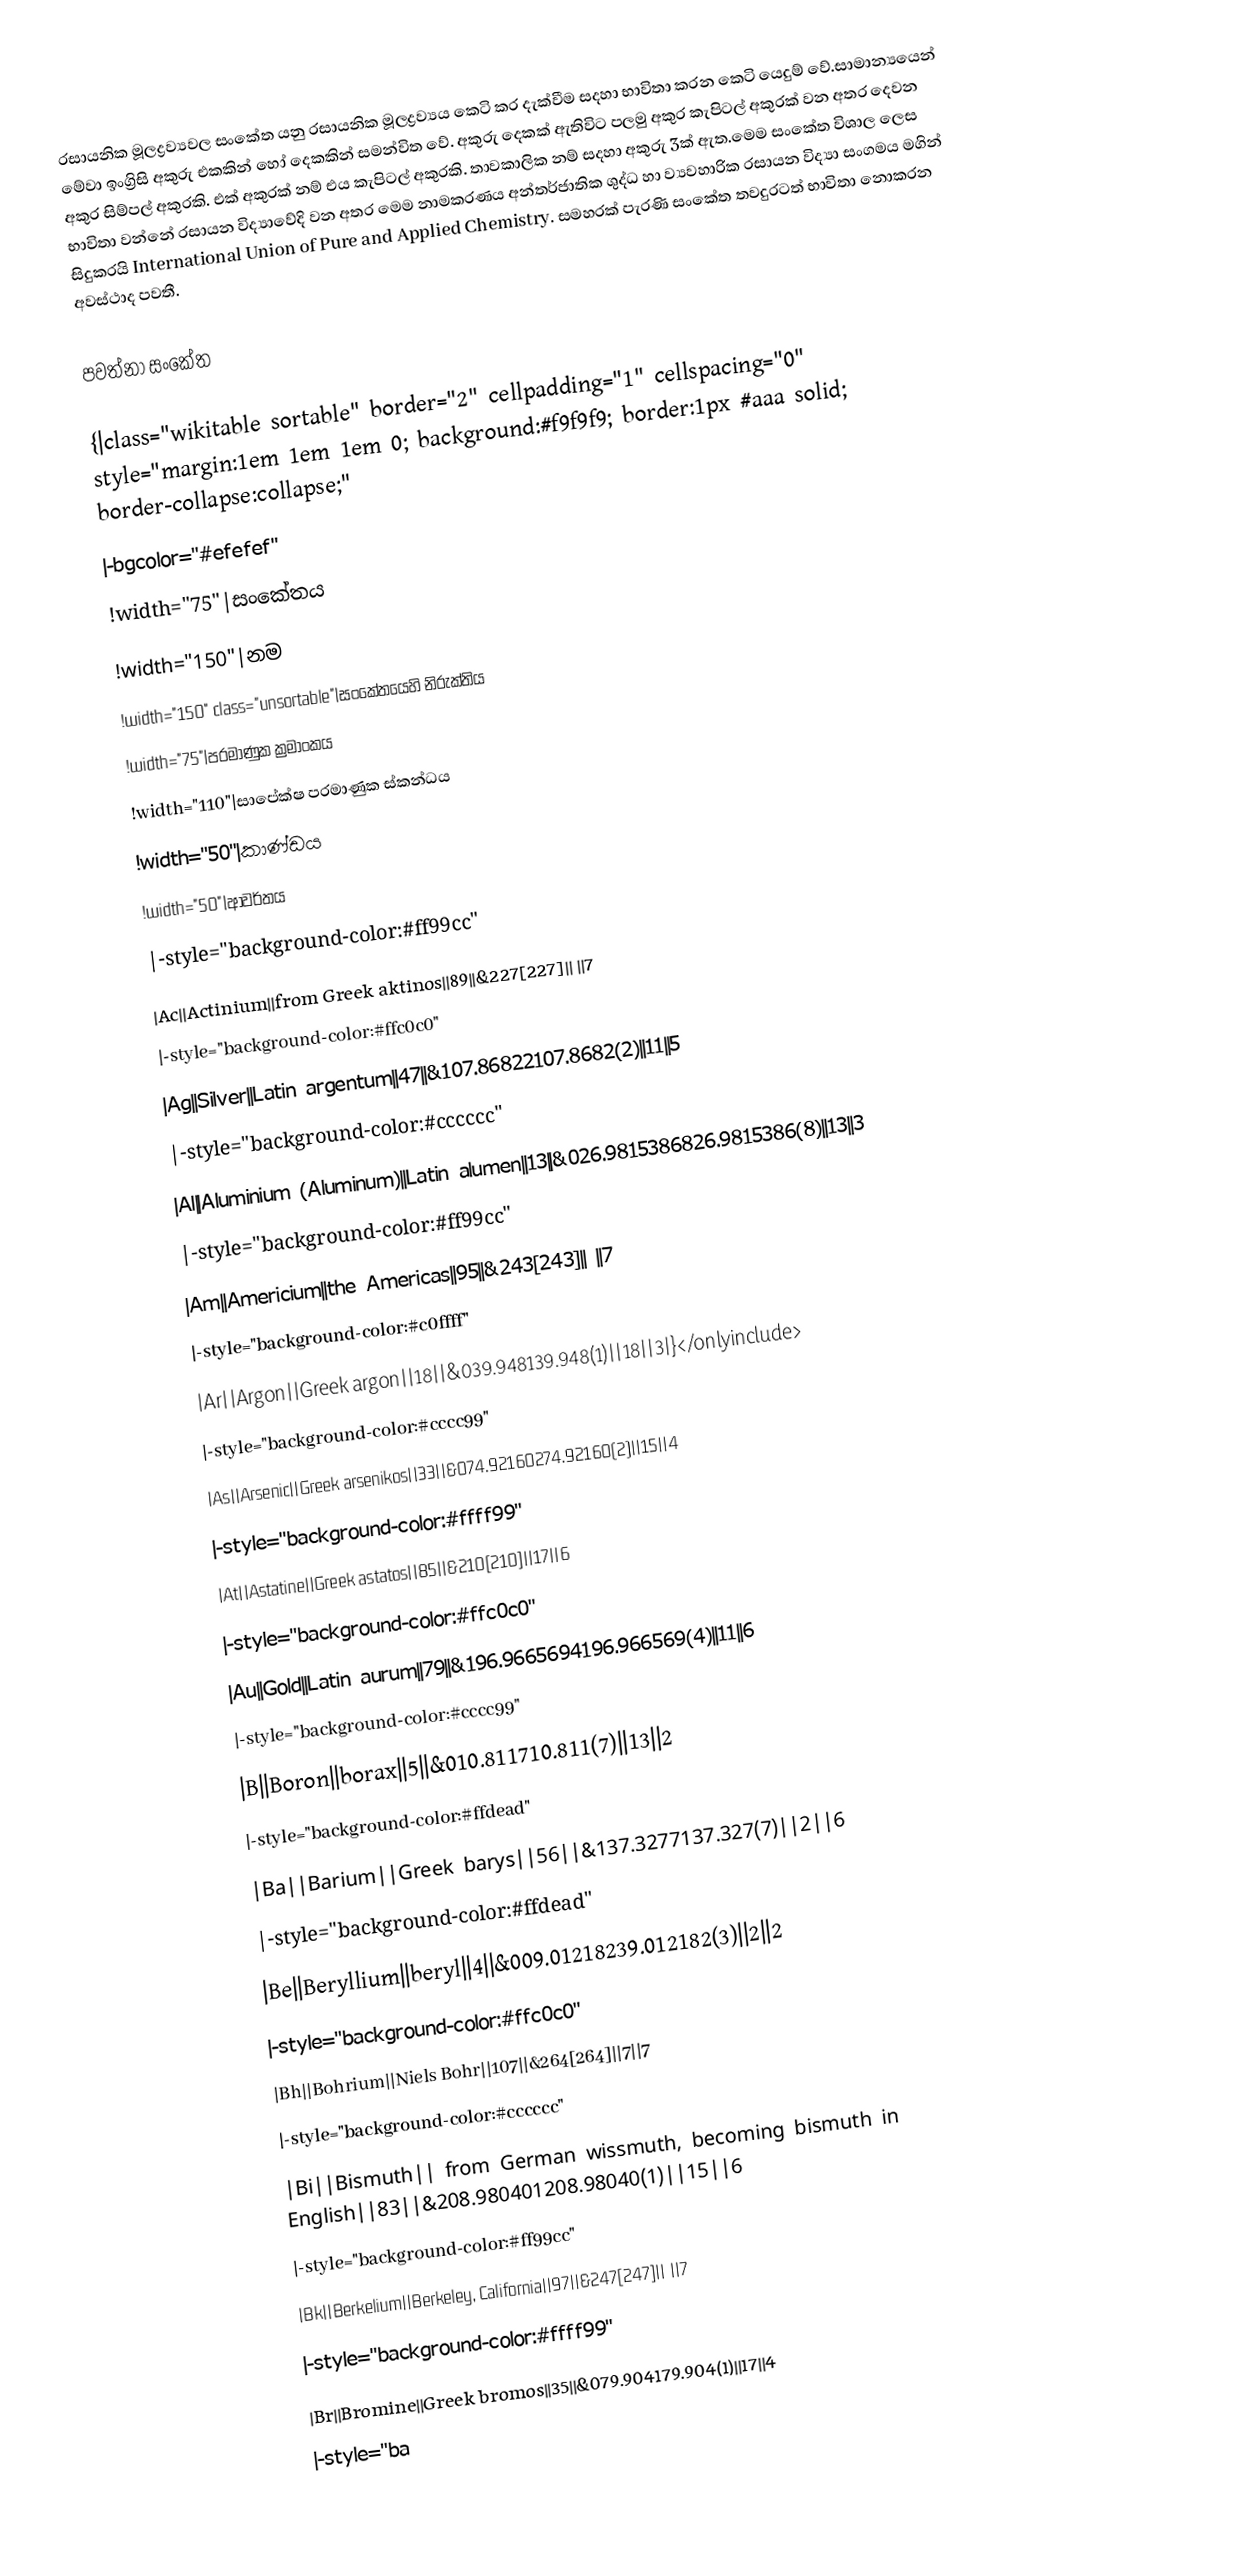
රසායනික මූලද්‍රව්‍යවල සංකේත යනු රසායනික මූලද්‍රව්‍යය කෙටි කර දැක්වීම සදහා භාවිතා කරන කෙටි යෙදුම් වේ.සාමාන්‍යයෙන් මේවා ඉංග්‍රිසි අකුරු එකකින් හෝ දෙකකින් සමන්විත වේ. අකුරු දෙකක් ඇතිවිට පලමු අකුර කැපිටල් අකුරක් වන අතර දෙවන අකුර සිම්පල් අකුරකි. එක් අකුරක් නම් එය කැපිටල් අකුරකි. තාවකාලික නම් සදහා අකුරු 3ක් ඇත.මෙම සංකේත විශාල ලෙස භාවිතා වන්නේ රසායන විද්‍යාවේදි වන අතර මෙම නාමකරණය අන්තර්ජාතික ශුද්ධ හා ව්‍යවහාරික රසායන විද්‍යා සංගමය මගින් සිදුකරයි International Union of Pure and Applied Chemistry. සමහරක් පැරණි සංකේත තවදුරටත් භාවිතා නොකරන අවස්ථාද පවතී.

පවත්නා සංකේත

{|class="wikitable sortable" border="2" cellpadding="1" cellspacing="0" style="margin:1em 1em 1em 0; background:#f9f9f9; border:1px #aaa solid; border-collapse:collapse;"
|-bgcolor="#efefef"
!width="75"|සංකේතය
!width="150"|නම
!width="150" class="unsortable"|සංකේතයෙහි නිරුක්තිය
!width="75"|පරමාණුක ක්‍රමාංකය
!width="110"|සාපේක්ෂ පරමාණුක ස්කන්ධය
!width="50"|කාණ්ඩය
!width="50"|ආවර්තය
|-style="background-color:#ff99cc"
|Ac||Actinium||from Greek aktinos||89||&227[227]|| ||7
|-style="background-color:#ffc0c0"
|Ag||Silver||Latin argentum||47||&107.86822107.8682(2)||11||5
|-style="background-color:#cccccc"
|Al||Aluminium (Aluminum)||Latin alumen||13||&026.9815386826.9815386(8)||13||3
|-style="background-color:#ff99cc"
|Am||Americium||the Americas||95||&243[243]|| ||7
|-style="background-color:#c0ffff"
|Ar||Argon||Greek argon||18||&039.948139.948(1)||18||3|}</onlyinclude>
|-style="background-color:#cccc99"
|As||Arsenic||Greek arsenikos||33||&074.92160274.92160(2)||15||4
|-style="background-color:#ffff99"
|At||Astatine||Greek astatos||85||&210[210]||17||6
|-style="background-color:#ffc0c0"
|Au||Gold||Latin aurum||79||&196.9665694196.966569(4)||11||6
|-style="background-color:#cccc99"
|B||Boron||borax||5||&010.811710.811(7)||13||2
|-style="background-color:#ffdead"
|Ba||Barium||Greek barys||56||&137.3277137.327(7)||2||6
|-style="background-color:#ffdead"
|Be||Beryllium||beryl||4||&009.01218239.012182(3)||2||2
|-style="background-color:#ffc0c0"
|Bh||Bohrium||Niels Bohr||107||&264[264]||7||7
|-style="background-color:#cccccc"
|Bi||Bismuth|| from German wissmuth, becoming bismuth in English||83||&208.980401208.98040(1)||15||6
|-style="background-color:#ff99cc"
|Bk||Berkelium||Berkeley, California||97||&247[247]|| ||7
|-style="background-color:#ffff99"
|Br||Bromine||Greek bromos||35||&079.904179.904(1)||17||4
|-style="ba